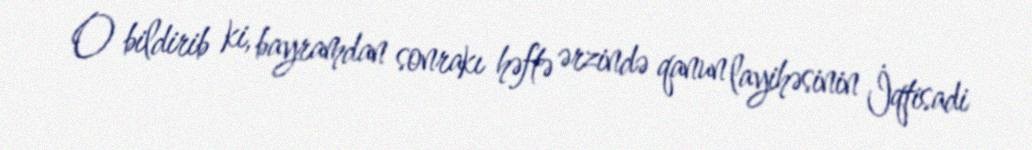
O bildirib ki, bayramdan sonrakı həftə ərzində qanun layihəsinin İqtisadi